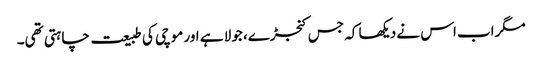
مگراب اس نے دیکھا کہ جس کنجڑے، جولا ہے اور موچی کی طبیعت چاہتی تھی۔